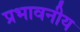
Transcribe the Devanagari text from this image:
प्रभावनीय